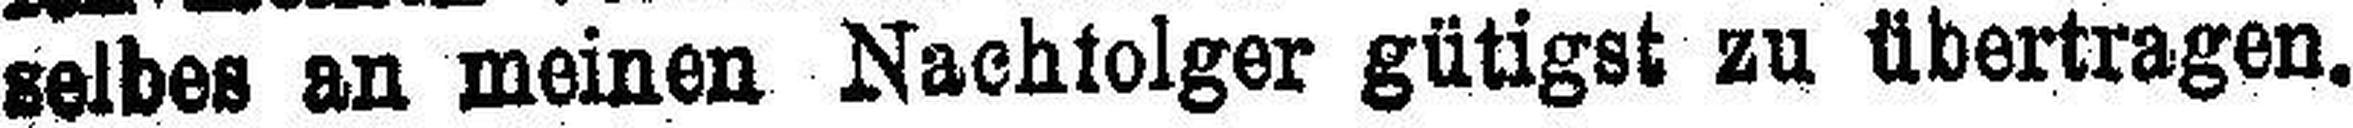
selbes an meinen Nachfolger gütigst zu übertragen.